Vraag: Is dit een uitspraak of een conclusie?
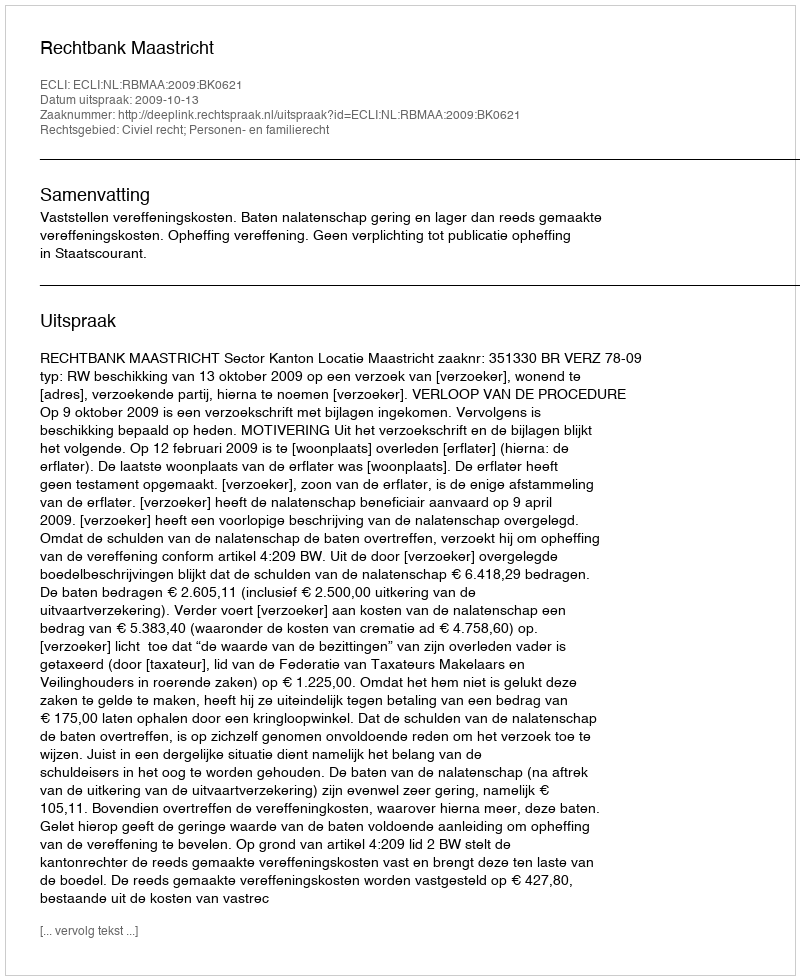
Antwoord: Uitspraak